Mental hospitals Bombay report 1929-33 - 1929-1933
Year: 1929
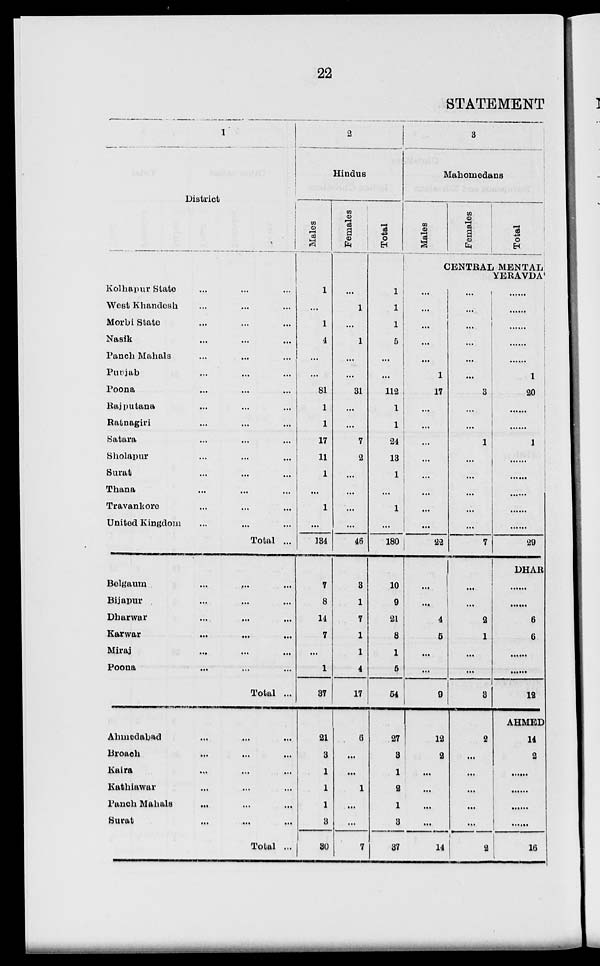
22
STATEMENT
1
District
Kolhapur State ... ... ...
West Khandesh ... ... ...
Morbi State ... ... ...
Nasik ... ... ...
Panch Mahals ... ... ...
Punjab ... ... ...
Poona ... ... ...
Rajputana ... ... ...
Ratnagiri ... ... ...
Satara ... ... ...
Sholapur ... ... ...
Surat ... ... ...
Thana ... ... ...
Travankore ... ... ...
United Kingdom ... ... ...
Total ...
Belgaum ... ... ...
Bijapur ... ... ...
Dharwar ... ... ...
Karwar ... ... ...
Miraj ... ... ...
Poona ... ... ...
Total ...
Ahmedabad ... ... ...
Broach ... ... ...
Kaira ... ... ...
Kathiawar ... ... ...
Panch Mahals ... ... ...
Surat ... ... ...
Total ...
2
Hindus
Males
1
...
1
4
...
...
81
1
1
17
11
1
...
1
...
134
7
8
14
7
...
1
37
21
3
1
1
1
3
30
Females
...
1
...
1
...
...
31
...
...
7
2
...
...
...
...
46
3
1
7
1
1
4
17
6
...
...
1
...
...
7
Total
1
1
1
5
...
...
112
1
1
24
13
1
...
1
...
180
10
9
21
8
1
5
54
27
3
1
2
1
3
37
3
Mahomedans
Males
Females
Total
CENTRAL MENTAL
YERAVDA
...
...
...
...
...
1
17
...
...
...
...
...
...
...
...
22
...
...
4
5
...
...
9
12
2
...
...
...
...
14
...
...
1
...
...
...
3
...
...
1
...
...
...
...
...
7
...
...
2
1
...
...
3
2
...
...
...
...
...
2
......
......
......
......
......
1
20
......
......
1
......
......
......
......
......
29
DHAR
......
......
6
6
......
......
12
AHMED
14
2
......
......
......
16